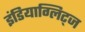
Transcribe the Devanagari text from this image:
इंडियाग्लिट्ज